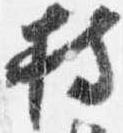
持